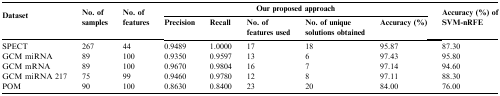
| <ROWSPAN=2> Dataset | <ROWSPAN=2> No. of samples | <ROWSPAN=2> No. of features | <COLSPAN=5> Our proposed approach | <ROWSPAN=2> Accuracy (%) of SVM-nRFE |
 | Precision | Recall | No. of features used | No. of unique solutions obtained | Accuracy (%) |
 | --- | --- | --- | --- | --- | --- | --- | --- | --- |
 | SPECT | 267 | 44 | 0.9489 | 1.0000 | 17 | 18 | 95.87 | 87.30 |
 | GCM miRNA | 89 | 100 | 0.9350 | 0.9597 | 13 | 6 | 97.43 | 95.80 |
 | GCM mRNA | 89 | 100 | 0.9670 | 0.9804 | 16 | 7 | 97.14 | 94.60 |
 | GCM miRNA 217 | 75 | 99 | 0.9460 | 0.9780 | 12 | 8 | 97.11 | 88.30 |
 | POM | 90 | 100 | 0.8630 | 0.8400 | 23 | 20 | 84.00 | 76.00 |